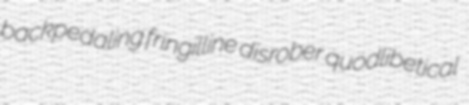
backpedaling fringilline disrober quodlibetical